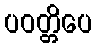
ပဝတ္တိပေ